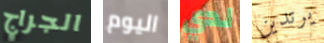
الجراج اليوم لدي يرتدين